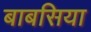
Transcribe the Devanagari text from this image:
बाबसिया